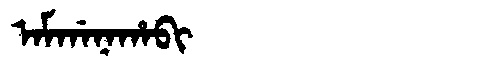
Manchu: ᠠᠮᡤᠠᠨᠠᡥᠠᠪᡳ
Romanization: AMGANAHABI